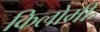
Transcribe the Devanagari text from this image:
किलोमी॰